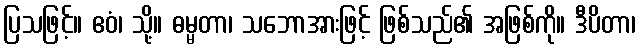
ပြသဖြင့်။ ဧဝံ၊ သို့။ ဓမ္မတာ၊ သဘောအားဖြင့် ဖြစ်သည်၏ အဖြစ်ကို။ ဒီပိတာ၊